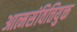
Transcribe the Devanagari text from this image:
आत्मसंवित्तियुक्त